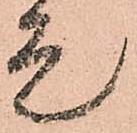
是